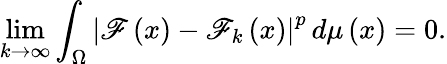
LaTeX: \operatorname*{lim}_{k\to\infty}\int_{\Omega}\left\vert{\mathscr{F}}\left(x\right)-{\mathscr{F}}_{k}\left(x\right)\right\vert^{p}\, {d\mu\left(x\right)}=0.